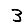
Digit: 3